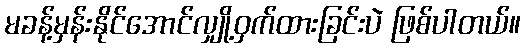
မခန့်မှန်းနိုင်အောင်လျှို့ဝှက်ထားခြင်းပဲ ဖြစ်ပါတယ်။